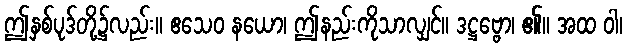
ဤနှစ်ပုဒ်တို့၌လည်း။ ဧသေဝ နယော၊ ဤနည်းကိုသာလျှင်။ ဒဋ္ဌဗ္ဗော၊ ၏။ အထ ဝါ၊